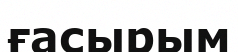
ғасырым